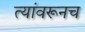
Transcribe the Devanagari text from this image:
त्यांवरूनच